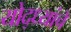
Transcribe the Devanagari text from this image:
योद्ध्यांचे